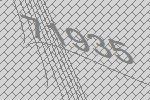
71935